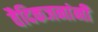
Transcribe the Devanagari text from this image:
वैदिकजनांनी